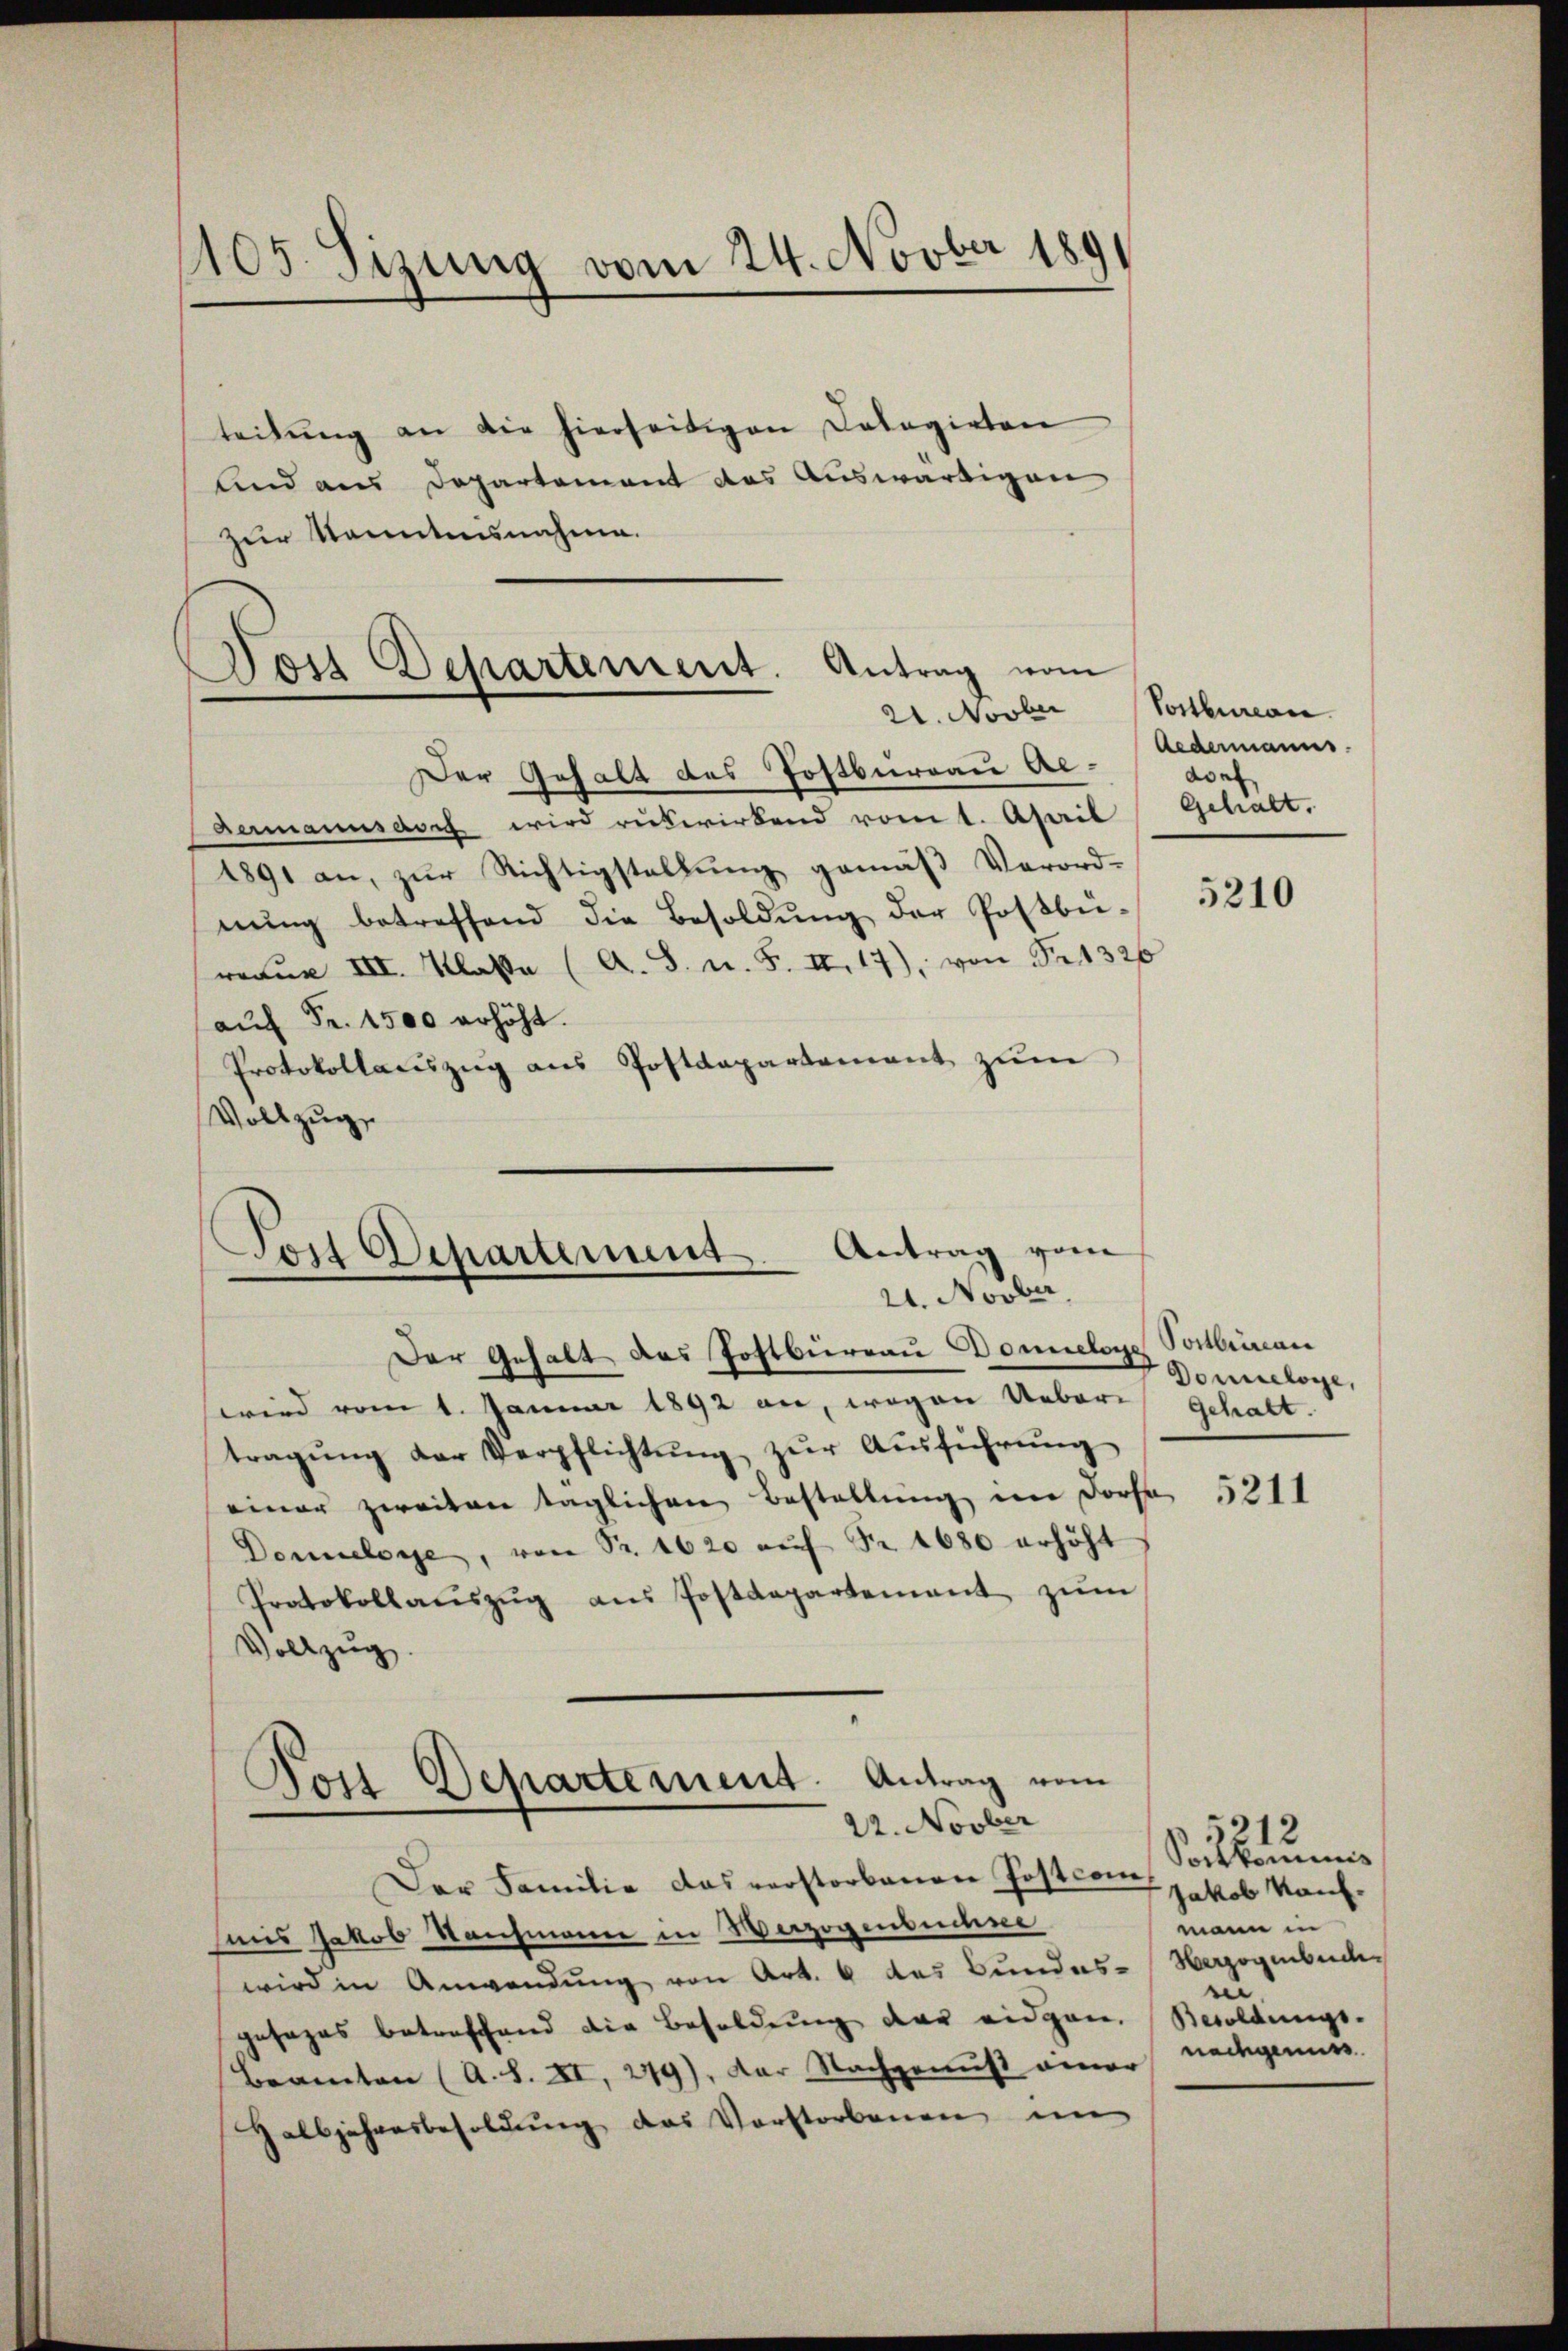
105. Sizung vom 24. Novber 189

teilung an die hierseitigen Calagirten
lnd aus Departement des Auswärtigen
zur Kenntnisnahme.

Der Gehalt des Postbureau Al¬
Dermannsdorf wird rükwirkend vom t. Aseil Gehalt.
1891 an, zur Richtigstellung gemäß Verord-
nŭng betreffend die Besoldung der Postbü-
aŭe III. Klasse (A. S. u. F. II. 17), von S. 1326
aŭf Fr. 1500 erhöht.
Protokollauszug aus Postdepartement zŭm
Vollzug

Vos Departement. Antrag vom
21. Novber

Tost Departement. Antrag vom
21. Novber,

Der Gehalt des Postbureau Donnelone Postbeinan
wird vom 1. Januar 1892 an, wegen Ueber gehalt.
tragŭng der Verpflichtŭng zŭr Aŭsführŭng
einer zweiten täglichen Bestellung im Dorfe
Donnelose, von Sr. 1620 aŭf Fr. 1680 erhöht
Protokollaŭszŭg aŭs Postdepartement zŭm
Vollzug.

.
Don Departement. Antrag vom
22. Novber

Der Familie das verstorbenen Postcom,
uns Jakob Kaufmann in Verzogensbuchne
wird in Anwendung von Art. 6 des Bundes-
gesages betreffend die Besoldung der eidgen.
Beamten (A. S. XI, 279), der Nachgenus einer nachgemuss.
Halbjahresbesoldung des Vorstorbenen un

Vostbureau
Aedermanns.
a

5210

Donneloge,

5211

Sokkan
Jakob Kauf.
mann in
Herzogenbuche
Besoldungs-